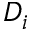
D _ { i }